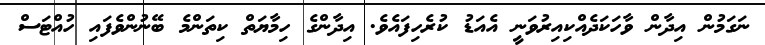
ނަގަމުން އިދާން ވާހަކަދެއްކިއިރުވަނީ އެއަޑު ކުރެހިފައެވެ. އިދާންގެ ހިމާޔަތް ކިތަންމެ ބޭނުންވެފައި ހުއްޓަސް